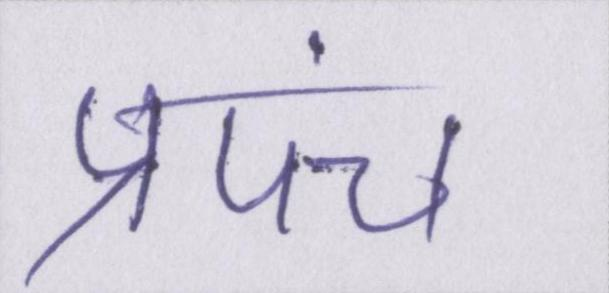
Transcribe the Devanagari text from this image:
प्रपंच